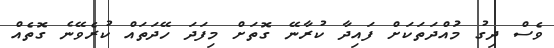
ވެސް ދިގު މުައްދަތަކަށް ފައިދާ ކުރާނޭ ގޮތަށް މިފަދަ ހޭދަތައް ކުރެވޭނެ ގޮތެއް